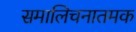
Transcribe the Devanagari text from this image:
समालिचनातमक